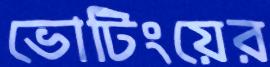
ভোটিংয়ের